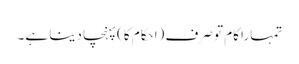
تمہارا کام تو صرف (احکام کا) پہنچا دینا ہے۔